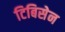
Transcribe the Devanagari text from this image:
टिबिसेन